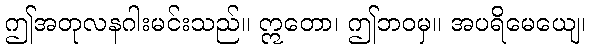
ဤအတုလနဂါးမင်းသည်။ ဣတော၊ ဤဘဝမှ။ အပရိမေယျေ၊